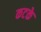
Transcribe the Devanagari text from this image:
कटके